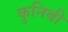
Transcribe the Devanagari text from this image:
कुनिबी